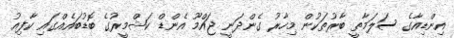
އިންޑިއާގެ ސަލަމާތީ ބާރުތަކުން މިހާރު ގެންދަނީ ޖައްމޫ އެންޑް ކަޝްމީރުގެ ބޮޑުބައެއްގައި ކާފިއު